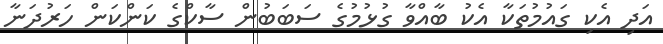
އަދި އެކި ގައުމުތަކާ އެކު ބާއްވާ ގުޅުމުގެ ސަބަބުން ސާކްގެ ކަންކަން ހަރުދަނާ